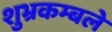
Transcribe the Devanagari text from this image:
शुभ्रकम्बले